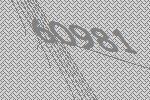
60981